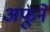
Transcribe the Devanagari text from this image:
अफूने